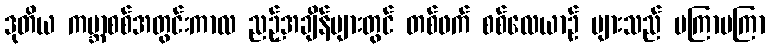
ဒုတိယ ကမ္ဘာစစ်အတွင်းကာလ ညဉ့်အချိန်များတွင် တစ်ဖက် စစ်လေယာဉ် များသည် မကြာမကြာ